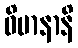
ဝိမာနာနိ